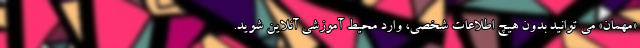
«مهمان» می توانید بدون هیچ اطلاعات شخصی، وارد محیط آموزشی آنلاین شوید.